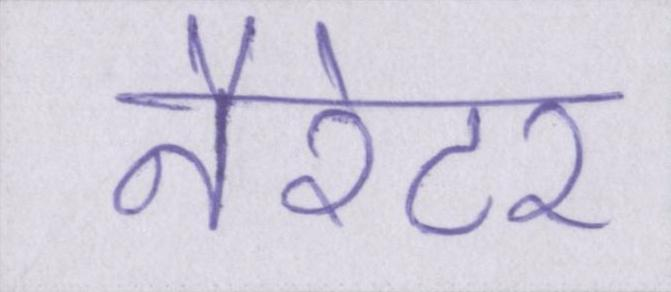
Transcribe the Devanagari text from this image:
नैरेटर